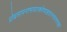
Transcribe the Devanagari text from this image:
प्रोढसापन्तभावात्करेणाहतास्तवत्तरङ्गा